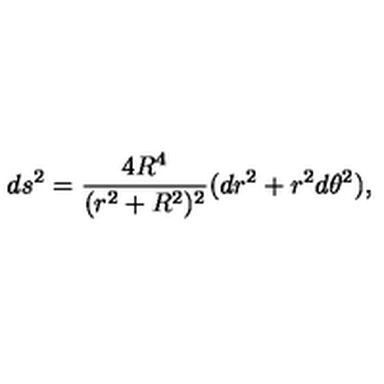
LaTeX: d s ^ { 2 } = { \frac { 4 R ^ { 4 } } { ( r ^ { 2 } + R ^ { 2 } ) ^ { 2 } } } ( d r ^ { 2 } + r ^ { 2 } d \theta ^ { 2 } ) ,